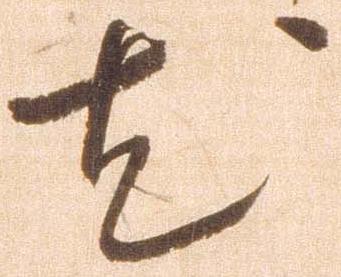
尤